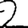
Digit: 2